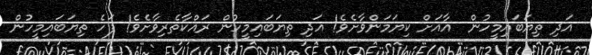
އަދި ތިޔަބައިމީހުން  އާއަށް ކިޔަމަންވާށެވެ! އަދި ތިޔަބައިމީހުން ރައްކާތެރިވާށެވެ! ފަހެ ތިޔަބައިމީހުން